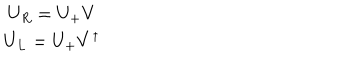
\begin{array} { c } { { U _ { R } = U _ { + } V } } \\ { { U _ { L } = U _ { + } V ^ { \dagger } } } \\ \end{array}